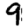
Digit: 9